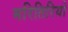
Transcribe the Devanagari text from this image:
मरितिरियो